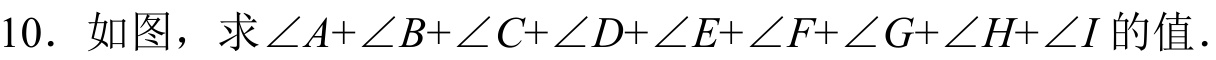
10. 如图，求\(\angle A+\angle B+\angle C+\angle D+\angle E+\angle F+\angle G+\angle H+\angle I\)的值.